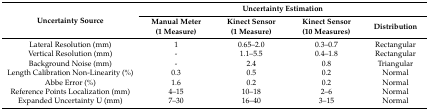
<table><thead><tr><td rowspan="2"><b>Uncertainty Source</b></td><td colspan="4"><b>Uncertainty Estimation</b></td></tr><tr><td><b>Manual Meter (1 Measure)</b></td><td><b>Kinect Sensor (1 Measure)</b></td><td><b>Kinect Sensor (10 Measures)</b></td><td><b>Distribution</b></td></tr></thead><tbody><tr><td>Lateral Resolution (mm)</td><td>1</td><td>0.65–2.0</td><td>0.3–0.7</td><td>Rectangular</td></tr><tr><td>Vertical Resolution (mm)</td><td>-</td><td>1.1–5.5</td><td>0.4–1.8</td><td>Rectangular</td></tr><tr><td>Background Noise (mm)</td><td>-</td><td>2.4</td><td>0.8</td><td>Triangular</td></tr><tr><td>Length Calibration Non-Linearity (%)</td><td>0.3</td><td>0.5</td><td>0.2</td><td>Normal</td></tr><tr><td>Abbe Error (%)</td><td>1.6</td><td>0.2</td><td>0.2</td><td>Normal</td></tr><tr><td>Reference Points Localization (mm)</td><td>4–15</td><td>10–18</td><td>2–6</td><td>Normal</td></tr><tr><td>Expanded Uncertainty U (mm)</td><td>7–30</td><td>16–40</td><td>3–15</td><td>Normal</td></tr></tbody></table>